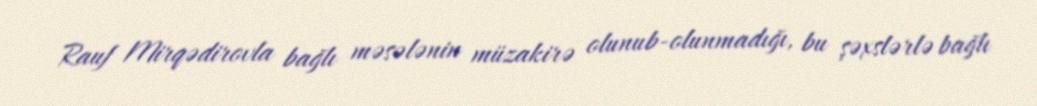
Rauf Mirqədirovla bağlı məsələnin müzakirə olunub-olunmadığı, bu şəxslərlə bağlı